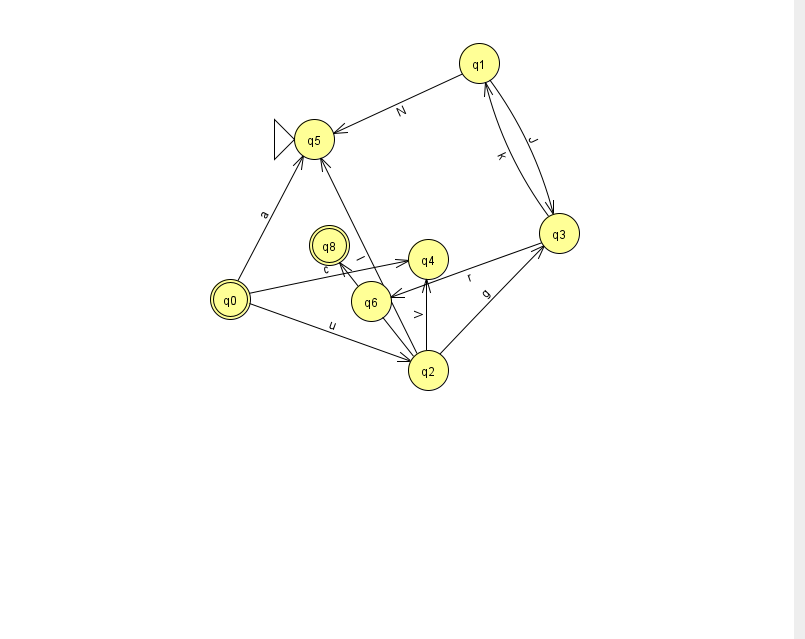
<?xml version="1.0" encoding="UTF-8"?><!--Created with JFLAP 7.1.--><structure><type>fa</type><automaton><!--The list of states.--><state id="0" name="q0"><x>230.0</x><y>286.0</y><final/></state><state id="1" name="q1"><x>479.0</x><y>50.0</y></state><state id="2" name="q2"><x>428.0</x><y>357.0</y></state><state id="3" name="q3"><x>559.0</x><y>220.0</y></state><state id="4" name="q4"><x>428.0</x><y>246.0</y></state><state id="5" name="q5"><x>314.0</x><y>126.0</y><initial/></state><state id="6" name="q6"><x>371.0</x><y>288.0</y></state><state id="8" name="q8"><x>329.0</x><y>232.0</y><final/></state><!--The list of transitions.--><transition><from>2</from><to>4</to><read>V</read></transition><transition><from>2</from><to>5</to><read>l</read></transition><transition><from>2</from><to>3</to><read>g</read></transition><transition><from>3</from><to>6</to><read>r</read></transition><transition><from>0</from><to>2</to><read>u</read></transition><transition><from>0</from><to>4</to><read>c</read></transition><transition><from>1</from><to>5</to><read>N</read></transition><transition><from>3</from><to>1</to><read>k</read></transition><transition><from>1</from><to>3</to><read>J</read></transition><transition><from>0</from><to>5</to><read>a</read></transition><transition><from>2</from><to>8</to><read>c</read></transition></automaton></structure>